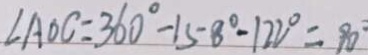
\angle A O C = 3 6 0 ^ { \circ } - 1 5 8 ^ { \circ } - 1 2 2 ^ { \circ } = 9 0 ^ { \circ }